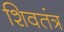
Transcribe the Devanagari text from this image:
शिवतंत्र